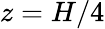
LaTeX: z=H/4